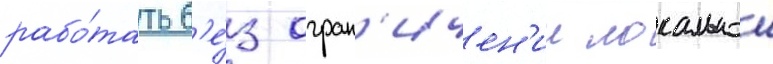
рабо́тать б'е́з огран'ичен'ии локальнои